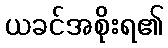
ယခင်အစိုးရ၏